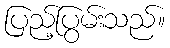
ပြည့်ပြွမ်းသည်။